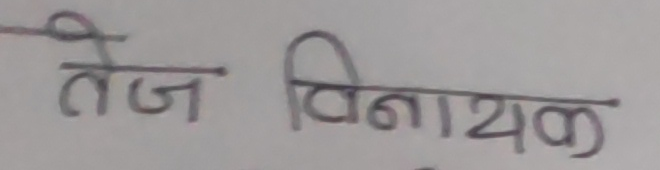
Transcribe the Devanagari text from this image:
तेज विनायक